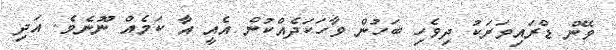
ވޭން ޑްރައިވަރަކު ދިވެހި ބަހުން ވާހަކަދެއްކުން އެއީ އާ ކަމެއް ނޫނެވެ. އަދި